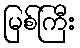
မြစ်ကြီး